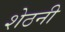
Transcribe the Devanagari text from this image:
शेठनी